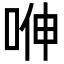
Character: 𭈁